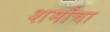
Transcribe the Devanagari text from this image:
शर्मांचा